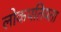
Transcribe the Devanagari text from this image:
लोकपतियता